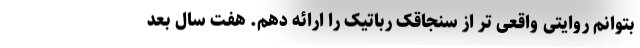
بتوانم روایتی واقعی تر از سنجاقک رباتیک را ارائه دهم. هفت سال بعد